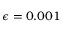
\epsilon = 0 . 0 0 1